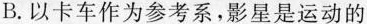
B.以卡车作为参考系，影星是运动的